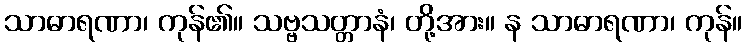
သာဓာရဏာ၊ ကုန်၏။ သဗ္ဗသတ္တာနံ၊ တို့အား။ န သာဓာရဏာ၊ ကုန်။